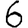
Digit: 6